画像に写った文字を読んでください
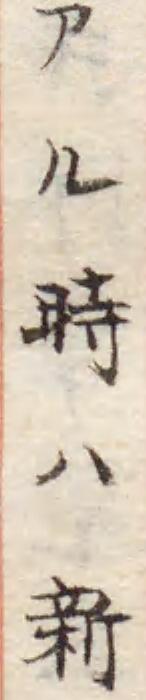
「アル時ハ新」と書いてあります